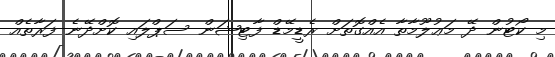
މި ކޯޓުން ދޭ މަޢުލޫމާތާ އެއްގޮތަށް ރެޑީމޭޑް ފާޓިޝަން ސަޕްލައި ކޮށްދޭނެ ފަރާތެއް